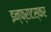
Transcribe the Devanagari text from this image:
इन्फ्राटस्कर